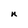
Character: n